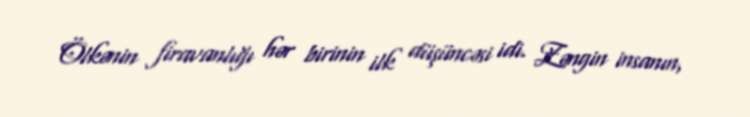
Ölkənin firavanlığı hər birinin ilk düşüncəsi idi. Zəngin insanın,